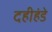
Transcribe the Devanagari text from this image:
दहीहंडे